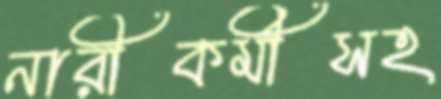
নারীকর্মীসহ